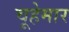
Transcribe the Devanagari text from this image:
चूहेमार